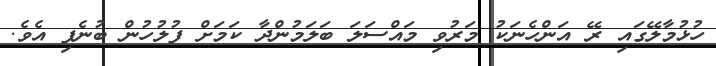
ހުޅުމާލޭގައި ރޭ އަންހެނަކު މަރުވި މައްސަލަ ބަލަމުންދާ ކަމަށް ފުލުހުން ބުނެފި އެވެ.